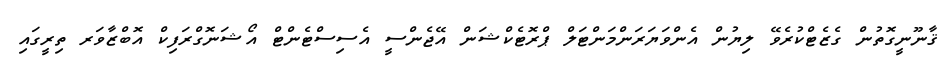
ޤާނޫނީގޮތުން ގެޒެޓްކުރެވޭ ލިޔުން އެންވަޔަރަންމަންޓަލް ޕްރޮޓެކްޝަން އޭޖެންސީ އެސިސްޓެންޓް އޯޝަނޮގްރަފިކް އޮބްޒާވަރ ތިރީގައި